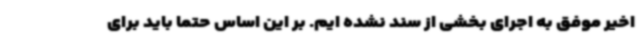
اخیر موفق به اجرای بخشی از سند نشده ایم. بر این اساس حتما باید برای